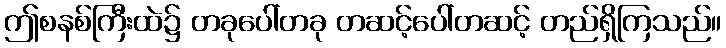
ဤစနစ်ကြီးထဲ၌ တခုပေါ်တခု တဆင့်ပေါ်တဆင့် တည်ရှိကြသည်။